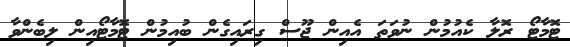
ޓޮމާޓޯ ރޮލާ ކެއުމުން ނުވަތަ އެއިން ޖޫސް ގިރައިގެން ބުއިމުން ޓޮމާޓޯއިން ލިބެންވާ